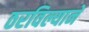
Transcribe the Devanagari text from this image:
ठरविल्याने